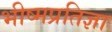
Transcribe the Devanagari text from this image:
भीष्मप्रतिज्ञा